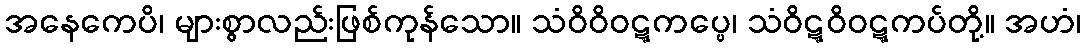
အနေကေပိ၊ များစွာလည်းဖြစ်ကုန်သော။ သံဝိဝိဝဋ္ဋကပ္ပေ၊ သံဝိဋ္ဋဝိဝဋ္ဋကပ်တို့။ အဟံ၊